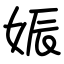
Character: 娠